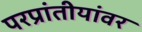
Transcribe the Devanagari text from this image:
परप्रांतीयांवर